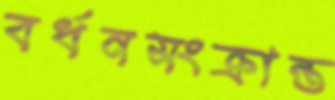
বর্ধনসংক্রান্ত